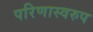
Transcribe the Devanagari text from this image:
परिणास्वरुप